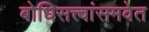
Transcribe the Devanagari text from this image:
बोधिसत्त्वांसमवेत